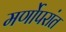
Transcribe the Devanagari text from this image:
मर्णोपरांत